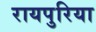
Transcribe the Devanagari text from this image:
रायपुरिया